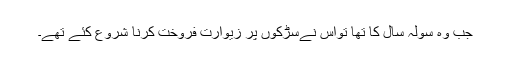
جب وہ سولہ سال کا تھا تواس نےسڑکوں پر زیوارت فروخت کرنا شروع کئے تھے۔